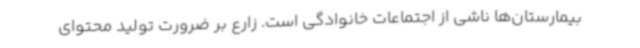
بیمارستان‌ها ناشی از اجتماعات خانوادگی است. زارع بر ضرورت تولید محتوای